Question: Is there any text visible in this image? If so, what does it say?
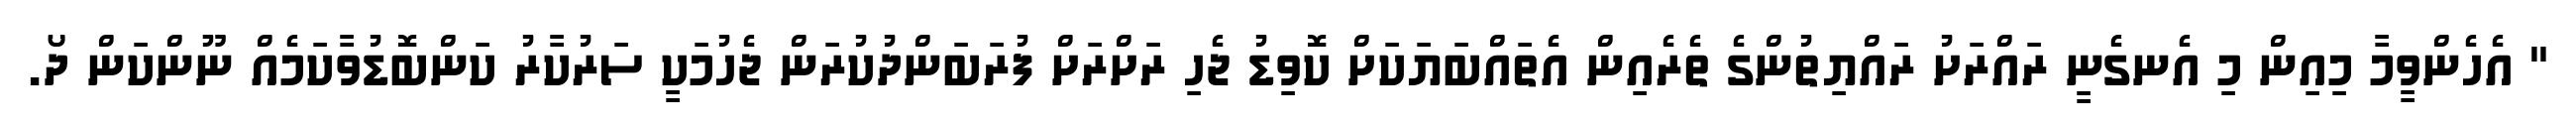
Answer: " އެހެންވީމާ މިއިން މި އެނގެނީ ރައްރަށު ރައްޔިތުންގެ ތެރެއިން އެތައްބަޔަކަށް ކޮވިޑު ޖެހި ރަށްރަށް ފުރަބަންދުކުރަން ޖެހުމަކީ ސަރުކާރު ކަންބޮޑުވާކަމެއް ނޫންކަން ދޯ.